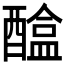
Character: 𨢴